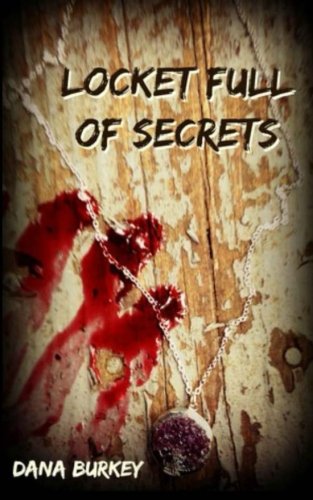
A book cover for Locket Full of Secrets; Dana Burkey; Teen & Young Adult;